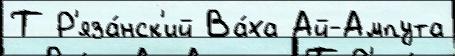
Т Р'яза́нск'ий Ва́ха Ай-Ампута